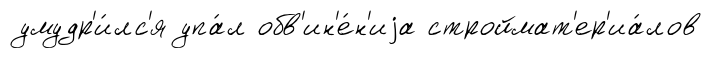
умудр'и́лс'я упа́л обв'ин'е́н'иjа строймат'ер'иа́лов